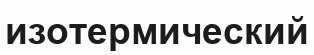
изотермический